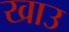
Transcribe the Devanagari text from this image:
खाउ